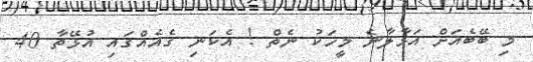
މި ބޭބެއަށް އަޅާލާނެ މީހަކު ނެތް ! އެކަނި ގެއެއްގައި އުޅޭތާ 40